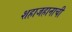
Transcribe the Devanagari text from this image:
शहाजहानाची